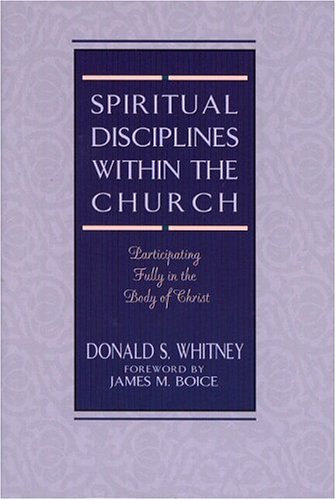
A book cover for Spiritual Disciplines within the Church: Participating Fully in the Body of Christ; Donald S. Whitney; Christian Books & Bibles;